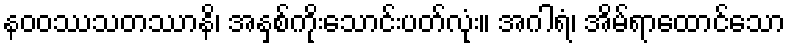
နဝဝဿသတဿာနိ၊ အနှစ်ကိုးသောင်းပတ်လုံး။ အဂါရံ၊ အိမ်ရာထောင်သော